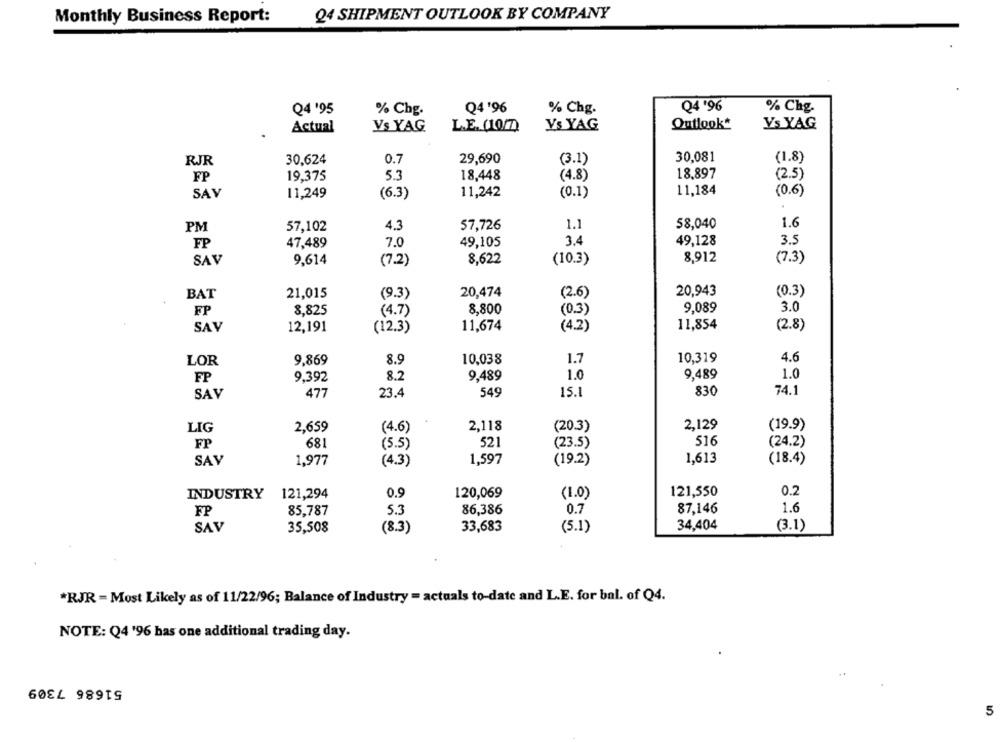
Monthly Business Report:
Q4 SHIPMENT OUTLOOK BY COMPANY
Q4 '95
% Chg.
Q4'96
% Chg.
Q4 '96
% Chg.
Vs YAG
Outlook*
Ys YAG
Actual
Vs YAG
L.E. (10/7)
RJR
30,624
0.7
29,690
(3.1)
30.08
(1.8)
FP
19,375
5.3
18,448
(4.8)
18,897
(2.5)
SAV
11,242
(0.1)
11,184
(0.6)
11,249
(6.3)
1.6
PM
57,102
4.3
57.726
1.1
58,040
FP
47,489
7.0
49,105
3.4
49,128
3.5
8,912
(7.3)
SAV
9,614
(7.2)
8,622
(10.3)
BAT
21,015
(9.3)
20,474
(2.6)
20,943
(0.3)
FP
8,825
(4.7)
8,800
(0.3)
9.089
3.0
11,674
(4.2)
11,854
(2.8)
SAV
12,191
(12.3)
4.6
LOR
9.869
8.9
10,038
1.7
10,319
FP
9.392
8.2
9,489
1.0
9,489
1.0
477
23.4
549
15.1
830
74.1
SAV
LIG
2,659
(4.6)
2,118
(20.3)
2,129
(19.9)
FP
681
521
(23.5)
516
(24.2)
(5.5)
SAY
1,977
1,597
1,613
(18.4)
(4.3)
(19.2)
INDUSTRY
121,294
0.9
120,069
(1.0)
121,550
0.2
FP
85,787
5.3
86,386
0.7
87,146
1.6
34,404
SAV
35,508
(8.3)
33,683
(5.1)
(3.1)
*RJR = Most Likely as of 11/22/96; Balance of Industry = actuals to-date and L.E. for bal. of Q4.
NOTE: Q4 '96 has one additional trading day.
51686 7309
5